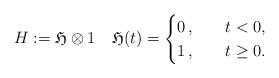
LaTeX: \begin{align*}H:=\mathfrak{H} \otimes 1 \quad\mathfrak{H}(t)=\begin{cases} 0\,, \quad& t<0, \\ 1\,, & t\ge 0.\end{cases}\end{align*}